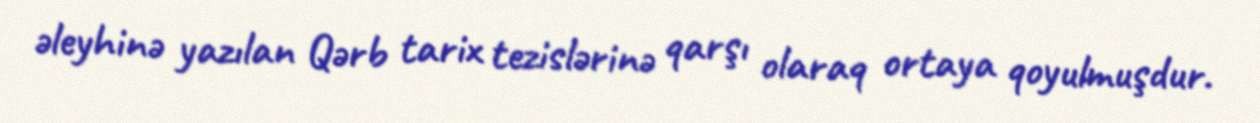
əleyhinə yazılan Qərb tarix tezislərinə qarşı olaraq ortaya qoyulmuşdur.